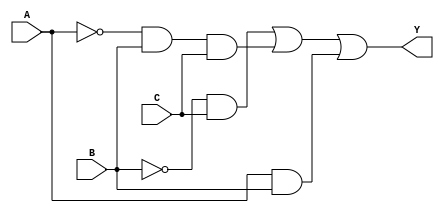
module combinational_logic (
    input wire A, // Input A
    input wire B, // Input B
    input wire C, // Input C
    output wire Y // Output Y
);

// Intermediate signals
wire not_A;
wire not_B;
wire term1; // B'C
wire term2; // A'BC
wire term3; // AB

// Logic implementation
assign not_A = ~A;          // NOT A
assign not_B = ~B;          // NOT B

assign term1 = not_B & C;   // B'C
assign term2 = not_A & B & C; // A'BC
assign term3 = A & B;       // AB

assign Y = term1 | term2 | term3; // Final output

endmodule